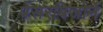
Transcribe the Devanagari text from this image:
पेंसरबिजोर्ने